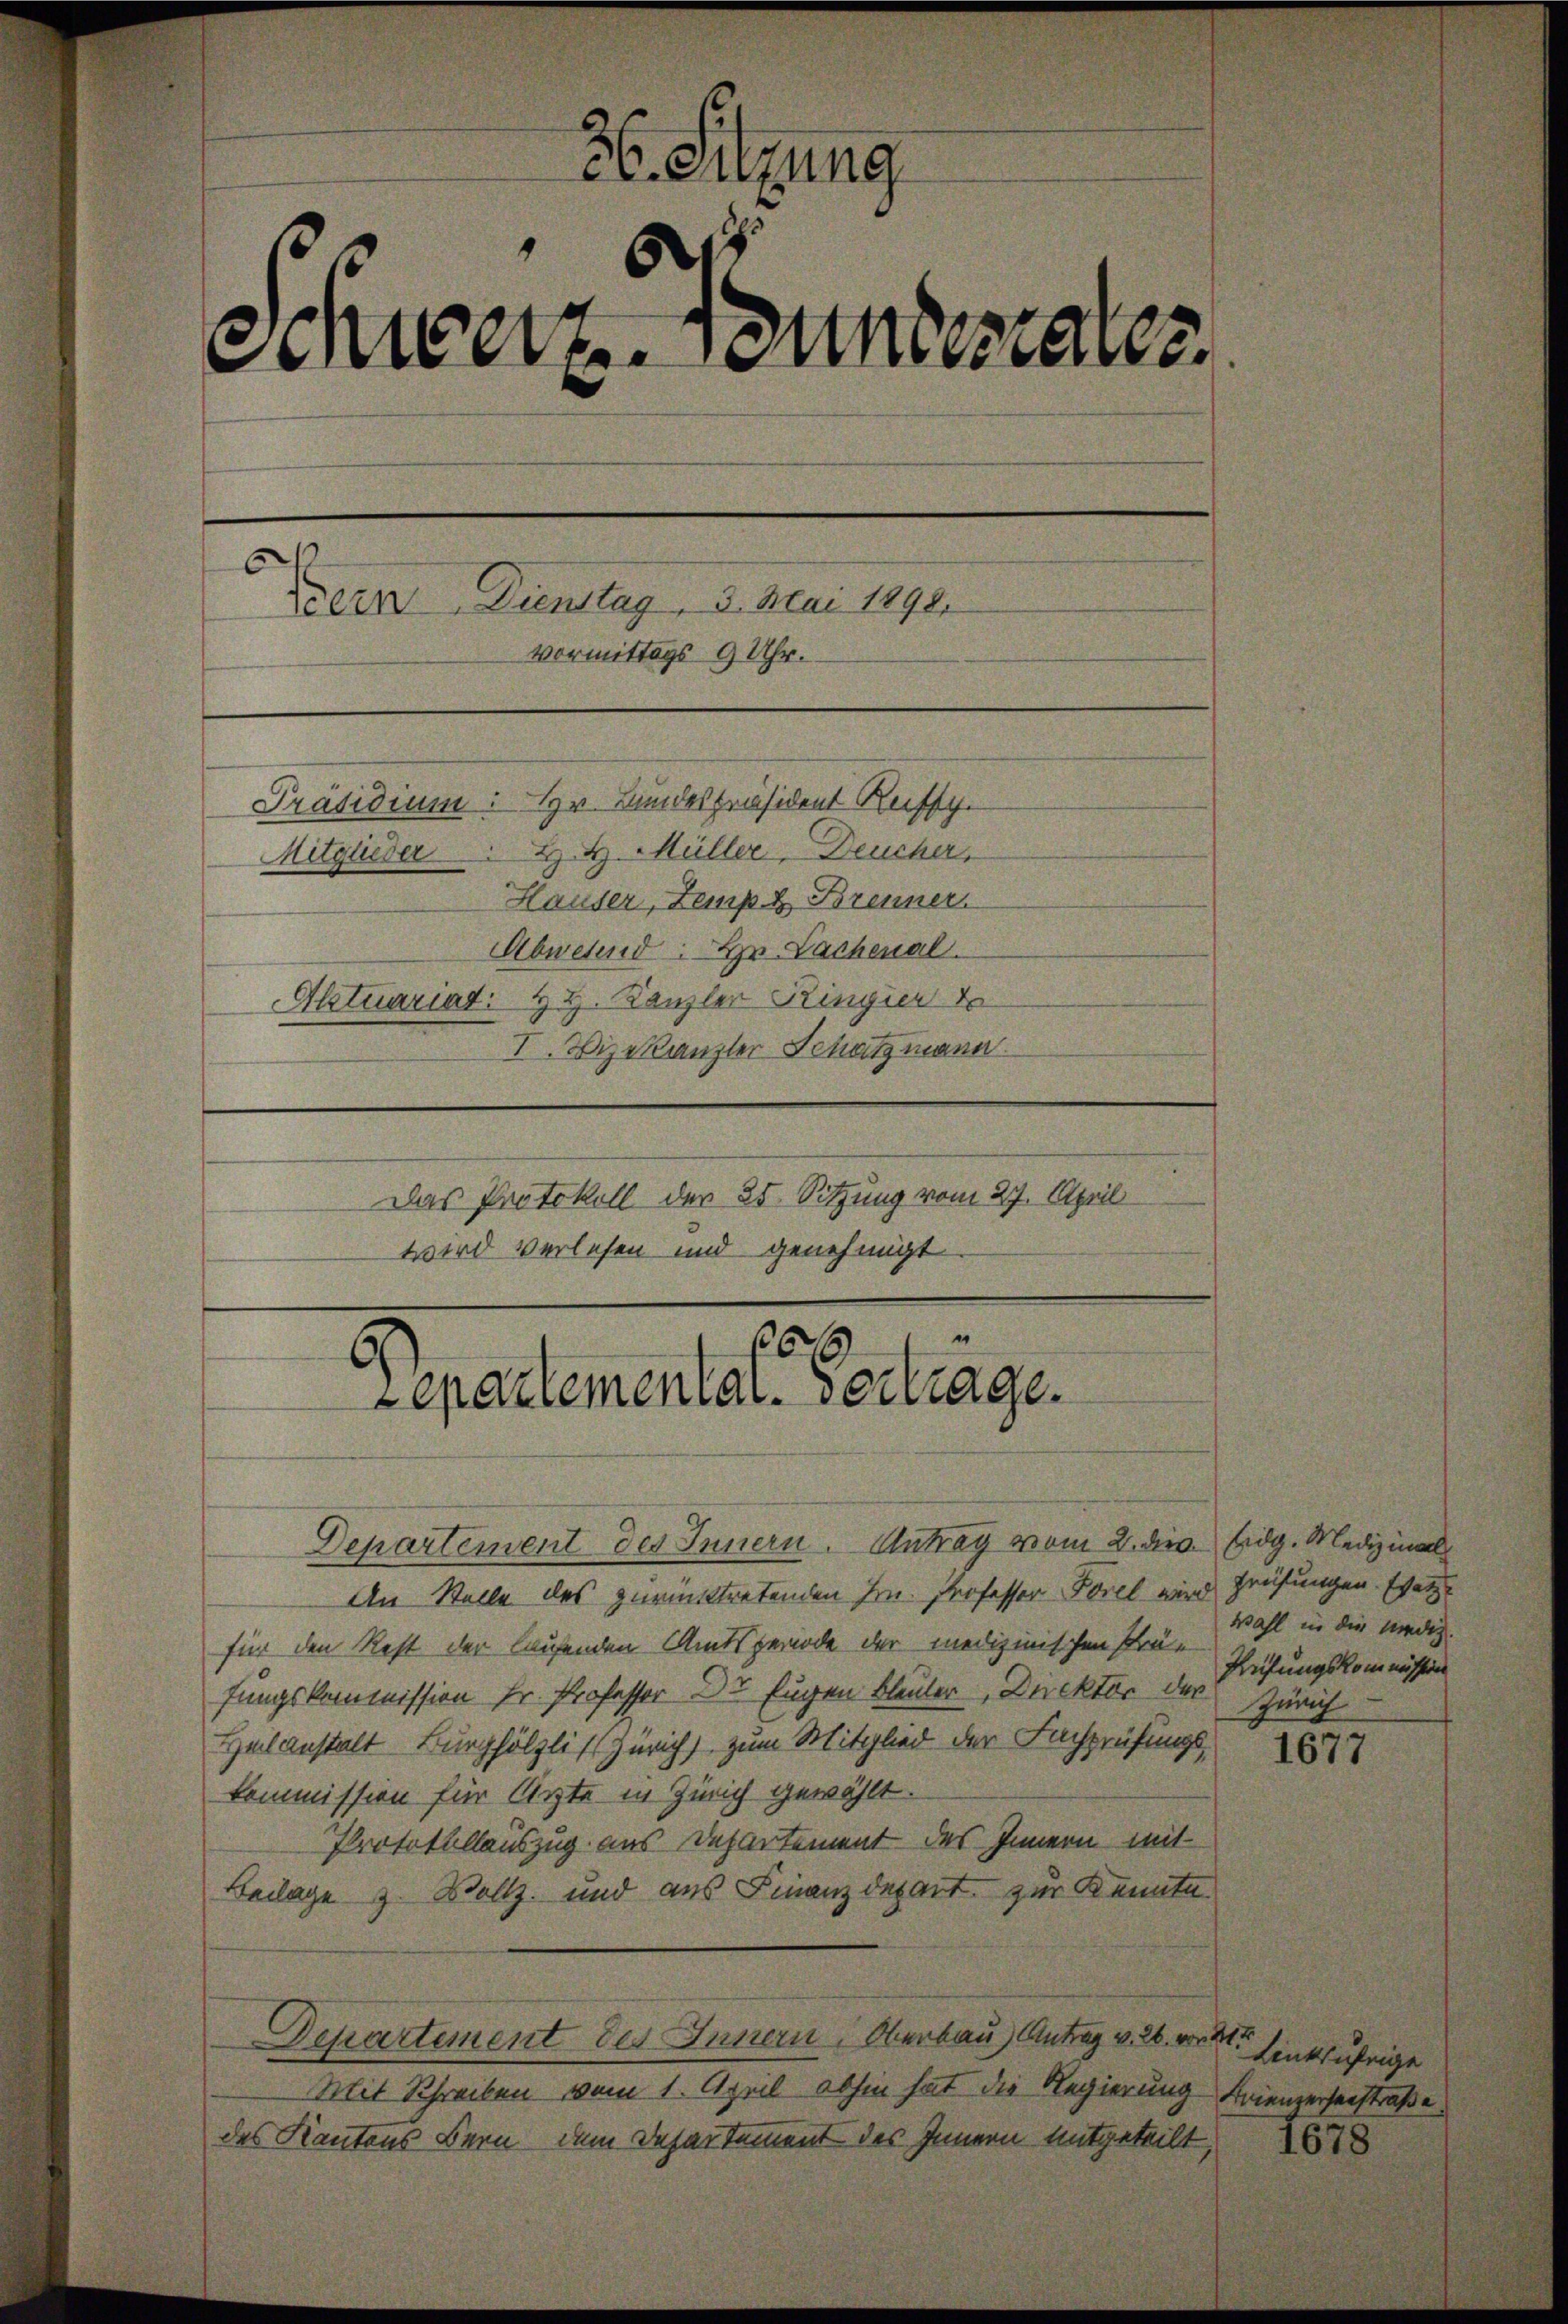
H. Sitzung
t
schwert annes aber
6
Bern Dienstag. 3. Mai 1890.
Vormittags 9 Uhr.
Präsidium: Hr. Bundespräsident Reiff
Mitglieder H. H. Müller, Deucher,
Häuser, Zemp. & Brenner
Abwesend: Hr. Lachenal.
Aktuariat. H. H. Kanzler Kingier
I. Vizekanzler Schatzmann
Das Protokoll der 25. Sitzung vom 27. April
wird verlesen und genehmigt.
“
66
Lepartemental-Vertrage.

Departement des Innern. Antrag vom 2. dies. Eidg. Medizinal
An Stelle des zurücktretenden Hrn. Professor Forel wird prüfungen. Esetz
für den Rest der laufenden Amtsperiode der medizinischen Prä-
fungskommission fr. Professor Dr Eugen Bleuler Direktor der
Heilanstalt Burghölzli (Zürich) zum Mitglied der Fachprüfungskommission für Ärzte in Zürich gewählt.
Protokollauszug aus Departement des Innern mit
Beilage z. Vollz, und aus Finanzdepart zur Kennte
Departement des Innern, Oberbau Antrag v. 26. Frk.
Mit Schreiben vom 1. April abhin hat die Regierung Frienzerseestraße
des Kantons Bern, dem Departement des Innern mitgeteilt,

Wahl in die Kredig.
Prüfungskommission
Zürich

1677

Linksufrige

1678